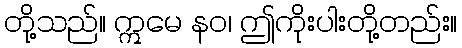
တို့သည်။ ဣမေ နဝ၊ ဤကိုးပါးတို့တည်း။